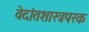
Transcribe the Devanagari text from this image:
वेदांतशास्त्रपरक